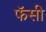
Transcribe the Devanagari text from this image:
फॅसी